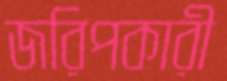
জরিপকারী